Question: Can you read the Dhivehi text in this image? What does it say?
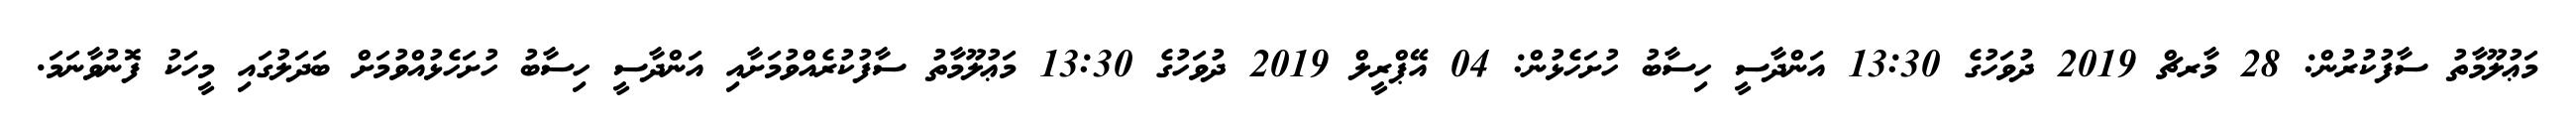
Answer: މަޢުލޫމާތު ސާފުކުރުން: 28 މާރޗް 2019 ދުވަހުގެ 13:30 އަންދާސީ ހިސާބު ހުށަހެޅުން: 04 އޭޕްރީލް 2019 ދުވަހުގެ 13:30 މަޢުލޫމާތު ސާފުކުރެއްވުމަށާއި އަންދާސީ ހިސާބު ހުށަހެޅުއްވުމަށް ބަދަލުގައި މީހަކު ފޮނުވާނަމަ.